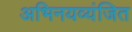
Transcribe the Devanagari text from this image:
अभिनयव्यंजित